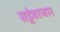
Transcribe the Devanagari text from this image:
सट्टेबाजार